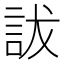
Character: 詙